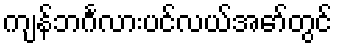
ကျန်ဘင်္ဂလားပင်လယ်အော်တွင်